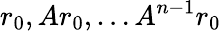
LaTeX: r_{0},Ar_{0},\ldots A^{n-1}r_{0}